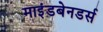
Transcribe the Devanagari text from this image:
माइंडबेनडर्स